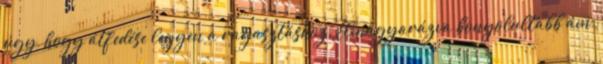
úgy, hogy átfedése legyen a ragasztáshoz. Elmagyarázva bonyolultabb ám,